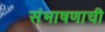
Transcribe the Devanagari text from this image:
संभाषणाची